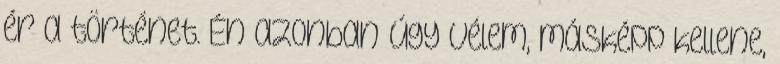
ér a történet. Én azonban úgy vélem, másképp kellene,